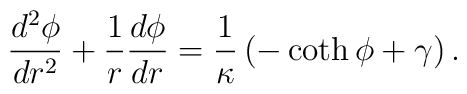
\frac{d^{2}\phi}{dr^{2}}+\frac{1}{r}\frac{d\phi}{dr}=\frac{1}{\kappa}\left(-\coth\phi+\gamma\right).